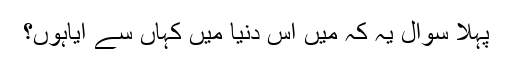
پہلا سوال یہ کہ میں اس دُنیا میں کہاں سے آیاہوں؟